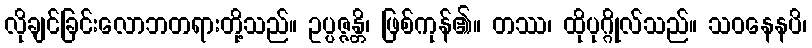
လိုချင်ခြင်းလောဘတရားတို့သည်။ ဥပ္ပဇ္ဇန္တိ၊ ဖြစ်ကုန်၏။ တဿ၊ ထိုပုဂ္ဂိုလ်သည်။ သဝနေနပိ၊